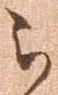
被